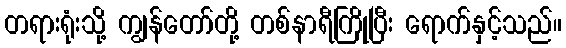
တရားရုံးသို့ ကျွန်တော်တို့ တစ်နာရီကြိုပြီး ရောက်နှင့်သည်။